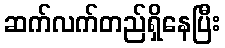
ဆက်လက်တည်ရှိနေပြီး